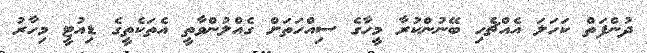
ދުންފަތް ކަހަލަ އެއްޗެހި ބޭނުންކުރާ މީހާގެ ސިއްހަތަށް ގެއްލުންވާތީ އެތަކެތީގެ ޑިއުޓީ މިހާރު